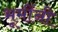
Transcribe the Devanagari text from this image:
भूमींनी